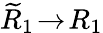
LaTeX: \widetilde{R}_{1}\! \to\! R_{1}